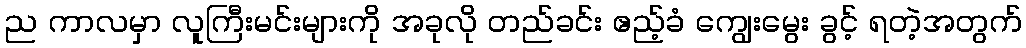
ည ကာလမှာ လူကြီးမင်းများကို အခုလို တည်ခင်း ဧည့်ခံ ကျွေးမွေး ခွင့် ရတဲ့အတွက်